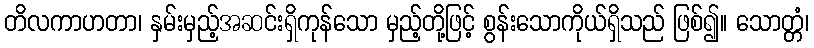
တိလကာဟတာ၊ နှမ်းမှည့်အဆင်းရှိကုန်သော မှည့်တို့ဖြင့် စွန်းသောကိုယ်ရှိသည် ဖြစ်၍။ သောတ္တံ၊